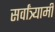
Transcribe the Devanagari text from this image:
सर्वांत्र्यामी